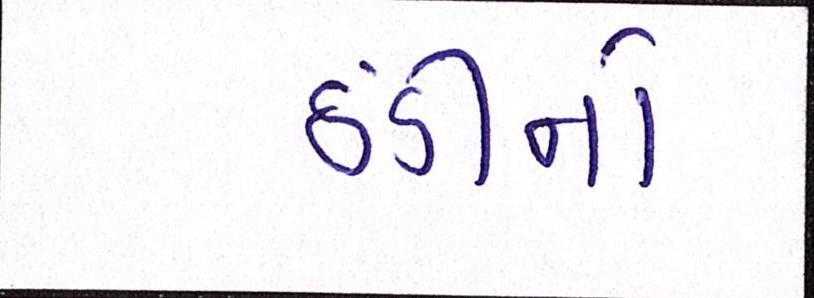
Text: ઠંડીનો